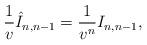
LaTeX: \begin{align*} \frac{1}{v}\hat{I}_{n,n-1}=\frac{1}{v^n}I_{n,n-1},\end{align*}